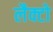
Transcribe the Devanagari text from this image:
लैक्टो